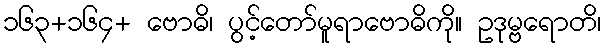
၁၆၃+၁၆၄+ ဗောဓိ၊ ပွင့်တော်မူရာဗောဓိကို။ ဥဒုမ္ဗရောတိ၊